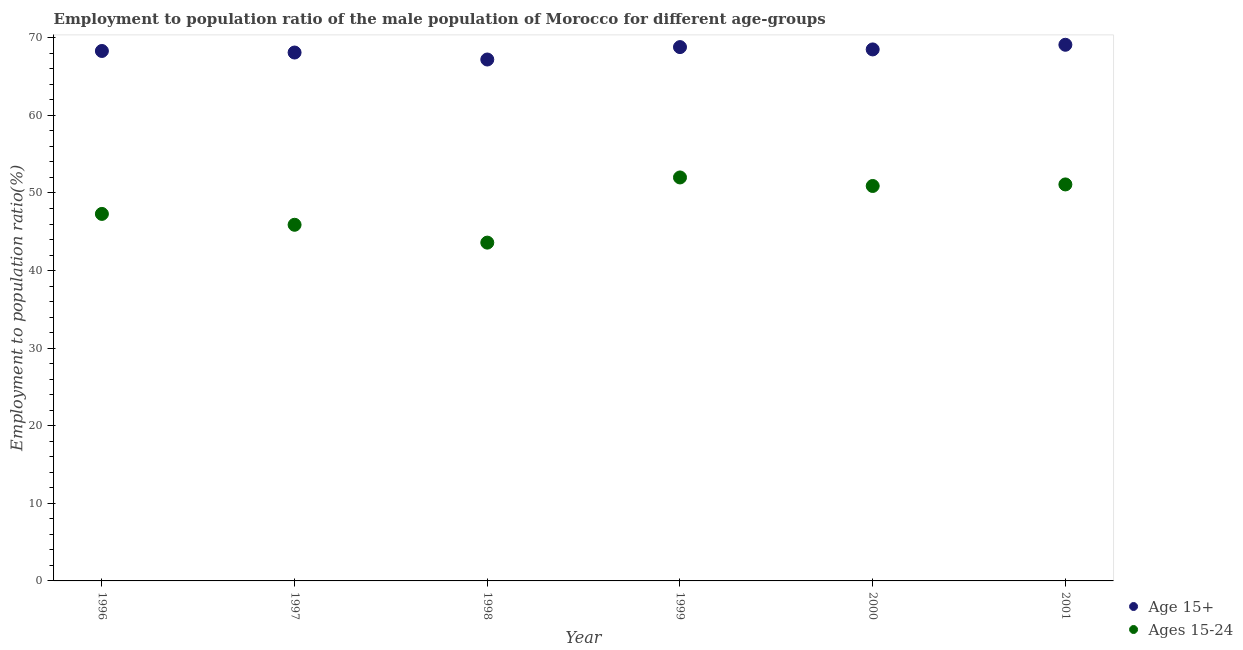
| Year | Age 15+ | Ages 15-24 |
 | --- | --- | --- |
 | 1996 | 68.3 | 47.3 |
 | 1997 | 68.1 | 45.9 |
 | 1998 | 67.2 | 43.6 |
 | 1999 | 68.8 | 52 |
 | 2000 | 68.5 | 50.9 |
 | 2001 | 69.1 | 51.1 |